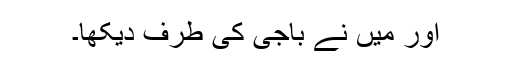
اور میں نے باجی کی طرف دیکھا۔